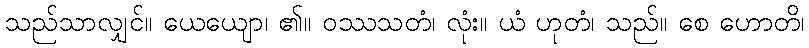
သည်သာလျှင်။ ယေယျော၊ ၏။ ဝဿသတံ၊ လုံး။ ယံ ဟုတံ၊ သည်။ စေ ဟောတိ၊